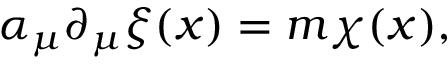
\alpha _ { \mu } \partial _ { \mu } \xi ( x ) = m \chi ( x ) ,